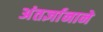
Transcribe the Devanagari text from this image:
अंतर्ज्ञानाने